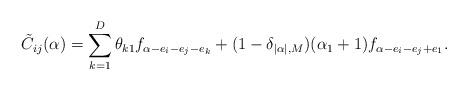
LaTeX: \begin{align*} \tilde{C}_{ij}(\alpha)= \sum_{k=1}^D\theta_{k 1} f_{\alpha - e_i - e_j - e_k} + (1-\delta_{|\alpha|,M})( \alpha_1 + 1) f_{\alpha-e_i-e_j+e_1}.\end{align*}